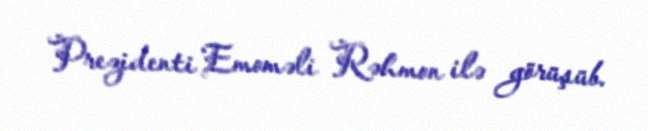
Prezidenti Emoməli Rəhmon ilə görüşüb.